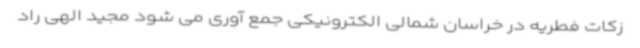
زکات فطریه در خراسان شمالی الکترونیکی جمع آوری می شود مجید الهی راد